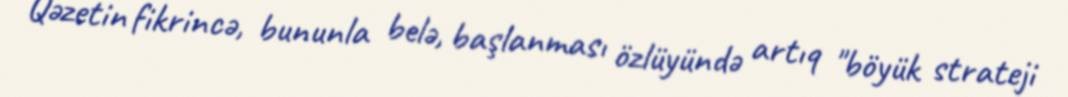
Qəzetin fikrincə, bununla belə, başlanması özlüyündə artıq "böyük strateji